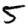
Digit: 5